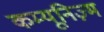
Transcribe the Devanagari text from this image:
कम्यूनिज़्म